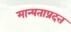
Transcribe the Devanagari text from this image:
मान्यताप्रदत्त